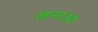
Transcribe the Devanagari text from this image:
जनाआ